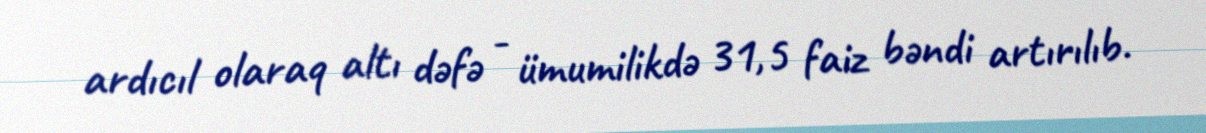
ardıcıl olaraq altı dəfə - ümumilikdə 31,5 faiz bəndi artırılıb.